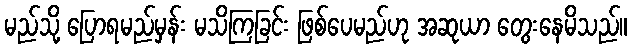
မည်သို့ ပြောရမည်မှန်း မသိကြခြင်း ဖြစ်ပေမည်ဟု အဆုယာ တွေးနေမိသည်။